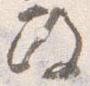
政